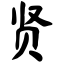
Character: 贤